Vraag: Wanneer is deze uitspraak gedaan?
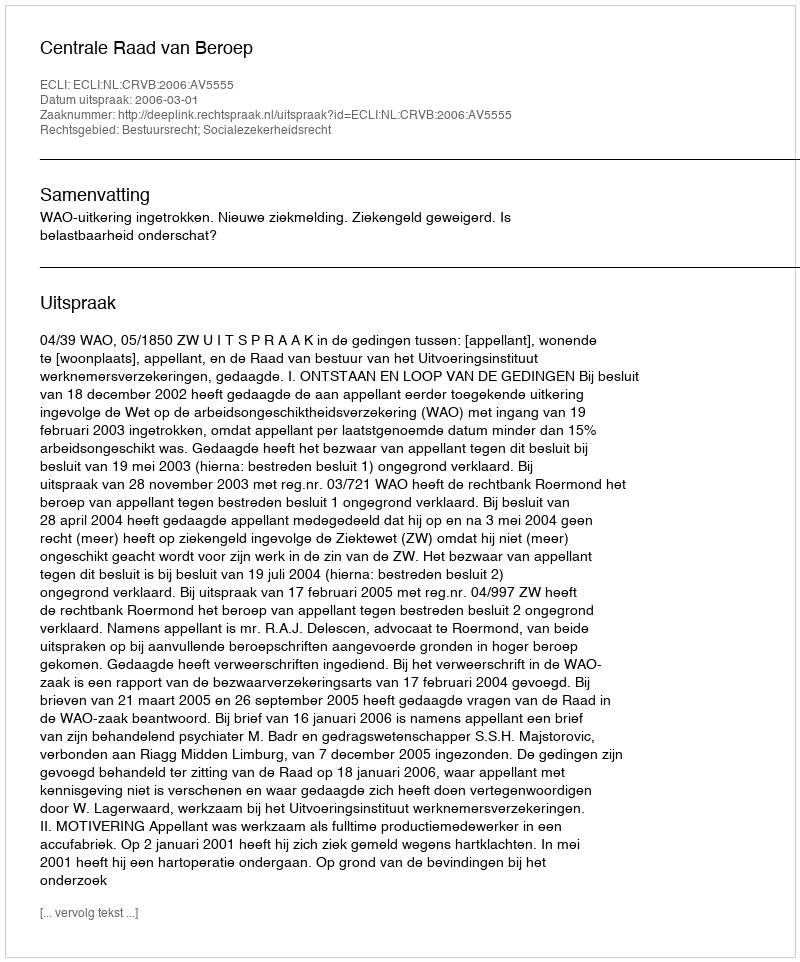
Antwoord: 2006-03-01